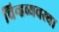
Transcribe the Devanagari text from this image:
चिन्हव्यवस्था